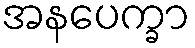
အနပေက္ခာ